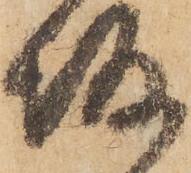
坂